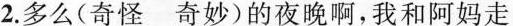
2.多么(奇怪 奇妙)的夜晚啊，我和阿妈走